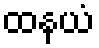
ထနယံ